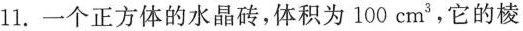
11.一个正方体的水晶砖，体积为100cm^{3}，它的棱